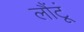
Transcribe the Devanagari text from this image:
लौंटूं